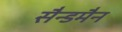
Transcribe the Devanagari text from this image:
सैन्डमैन